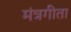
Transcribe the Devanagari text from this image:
मंत्रगीता